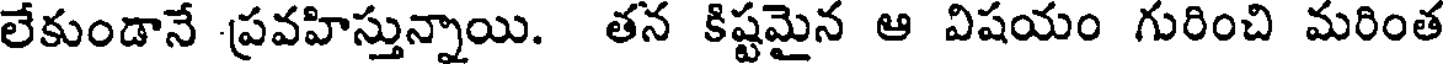
లేకుండానే ప్రవహిస్తున్నాయి. తన కిష్టమైన ఆ విషయం గురించి మరింత